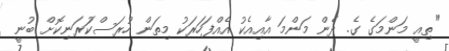
"ތިއީ މަންމަގެ ގެ. ދެން މަންމަ އާއިއެކު އެއްފަހަރަކު މިތަން ހުރަސްކުަރަނިކޮށް ބުނީ